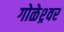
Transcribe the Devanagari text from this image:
गोळेश्र्वर